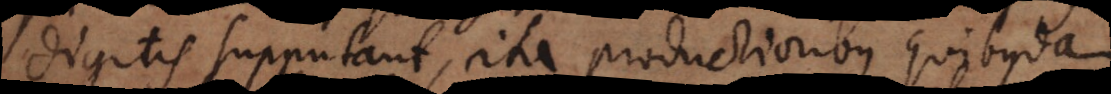
digitis supputant, ita productioribus quibusdam